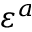
\varepsilon ^ { a }